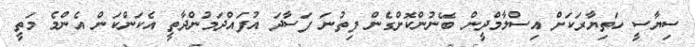
ސިޔާސީ ހަތިޔާރަކަށް އިސްލާމްދީން ބޭނުންކޮށްގެން ފިތުނަ ފަސާދަ އުފައްދަމުންދާތީ އެކަންކަން އެންމެ މަތީ